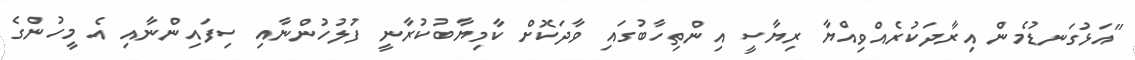
"އަޅުގަނޑުމެން އިރާދަކުރެއްވިއްޔާ ރިޔާސީ އިންތިހާބުގައި ވާދަކޮށް ކާމިޔާބުކުރާނީ ފުލުހުންނާއި ސިފައިންނާއި އެ މީހުންގެ